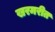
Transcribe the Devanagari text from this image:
खरमरीत